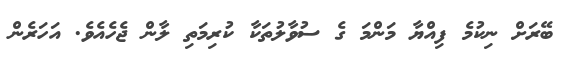
ބޭރަށް ނިކުމެ ފިއްޔާ މަންމަ ގެ ސުވާލުތަކާ ކުރިމަތި ލާން ޖެހެއެވެ. އަހަރެން